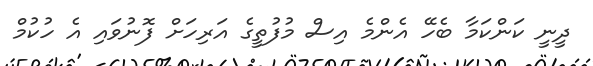
ދީނީ ކަންކަމާ ބެހޭ އެންމެ އިސް މުފުތީގެ އަރިހަށް ފޮނުވައި އެ ހުކުމް